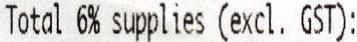
TOTAL 6% SUPPLIES (EXCL. GST):